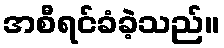
အစီရင်ခံခဲ့သည်။